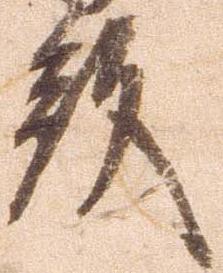
殿